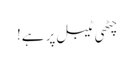
چٹھی ٹیبل پر ہے!